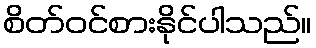
စိတ်ဝင်စားနိုင်ပါသည်။